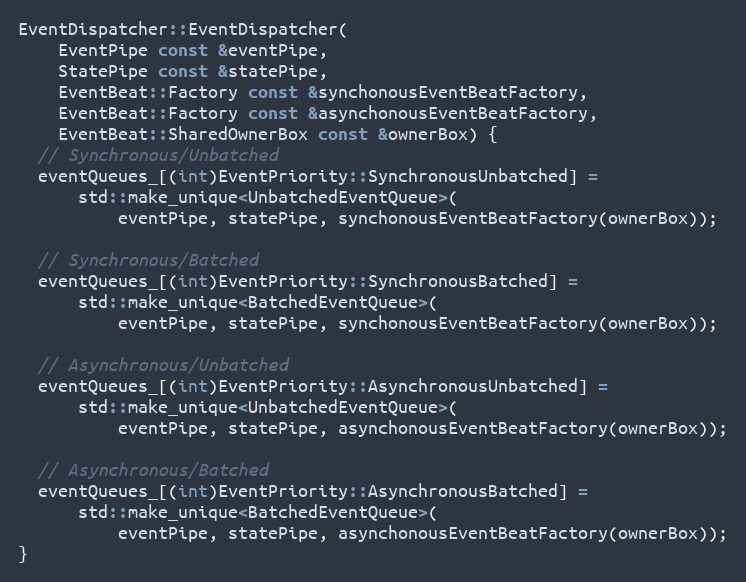
Language: C++
EventDispatcher::EventDispatcher(
    EventPipe const &eventPipe,
    StatePipe const &statePipe,
    EventBeat::Factory const &synchonousEventBeatFactory,
    EventBeat::Factory const &asynchonousEventBeatFactory,
    EventBeat::SharedOwnerBox const &ownerBox) {
  // Synchronous/Unbatched
  eventQueues_[(int)EventPriority::SynchronousUnbatched] =
      std::make_unique<UnbatchedEventQueue>(
          eventPipe, statePipe, synchonousEventBeatFactory(ownerBox));

  // Synchronous/Batched
  eventQueues_[(int)EventPriority::SynchronousBatched] =
      std::make_unique<BatchedEventQueue>(
          eventPipe, statePipe, synchonousEventBeatFactory(ownerBox));

  // Asynchronous/Unbatched
  eventQueues_[(int)EventPriority::AsynchronousUnbatched] =
      std::make_unique<UnbatchedEventQueue>(
          eventPipe, statePipe, asynchonousEventBeatFactory(ownerBox));

  // Asynchronous/Batched
  eventQueues_[(int)EventPriority::AsynchronousBatched] =
      std::make_unique<BatchedEventQueue>(
          eventPipe, statePipe, asynchonousEventBeatFactory(ownerBox));
}